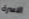
الاسرة